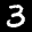
Label: 3